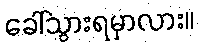
ခေါ်သွားရမှာလား။